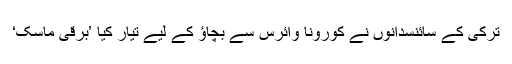
ترکی کے سائنسدانوں نے کورونا وائرس سے بچاؤ کے لیے تیار کیا ’برقی ماسک‘